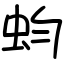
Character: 蚐